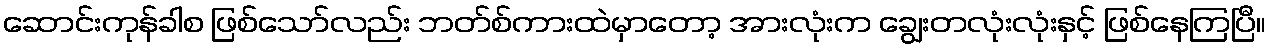
ဆောင်းကုန်ခါစ ဖြစ်သော်လည်း ဘတ်စ်ကားထဲမှာတော့ အားလုံးက ချွေးတလုံးလုံးနှင့် ဖြစ်နေကြပြီ။